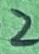
Text: 2